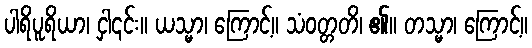
ပါရိပူရိယာ၊ ငှါ၎င်း။ ယသ္မာ၊ ကြောင့်။ သံဝတ္တတိ၊ ၏။ တသ္မာ၊ ကြောင့်။